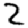
Digit: 2